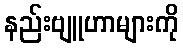
နည်းဗျူဟာများကို